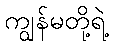
ကျွန်မတို့ရဲ့